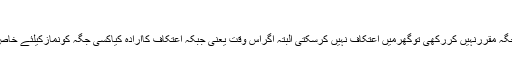
(دُرِّمُخْتَار،رَدّالْمُحْتَارج ۳ ص۴۲۹)
اگراسلامی بہن نے نَمازکے لئے کوئی جگہ مقرَّرنہیں کررکھی توگھرمیں اِعْتِکاف نہیں کرسکتی البتّہ اگراُس وَقت یعنی جبکہ اِعْتِکاف کاارادہ کیاکسی جگہ کونَمازکیلئے خاص کرلیاتواُس جگہ اِعْتِکاف کرسکتی ہے ۔